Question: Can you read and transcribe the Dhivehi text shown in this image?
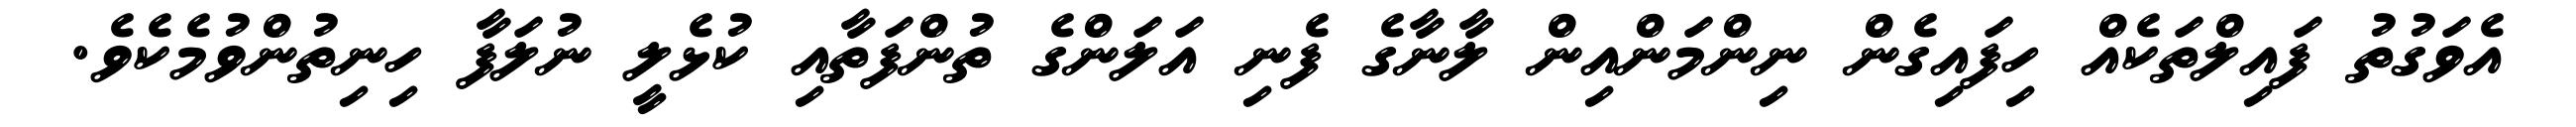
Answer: އެވަގުތު ފައިލްތަކެއް ހިފައިގެން ނިންމަންއިން ލާނާގެ ފެނި އަލަންގެ ތުންފަތާއި ކުޅެލީ ނުލަފާ ހިނިތުންވުމެކެވެ.